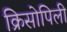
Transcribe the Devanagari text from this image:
क्रिसोपिली